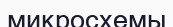
микросхемы